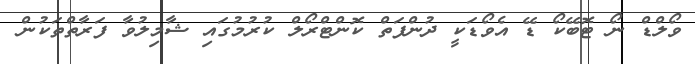
ވޯލްޑް ނޯ ޓޮބޭކޯ ޑޭ އެވޯޑަކީ ދުންފަތް ކޮންޓްރޯލް ކުރުމުގައި ޝާމިލުވާ ފަރާތްތަކުން